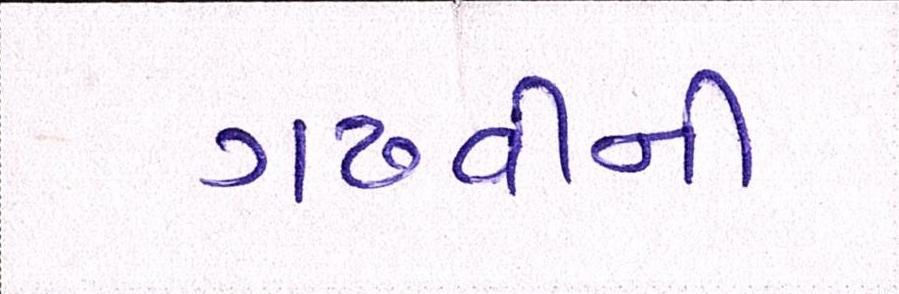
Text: ગઢવીની